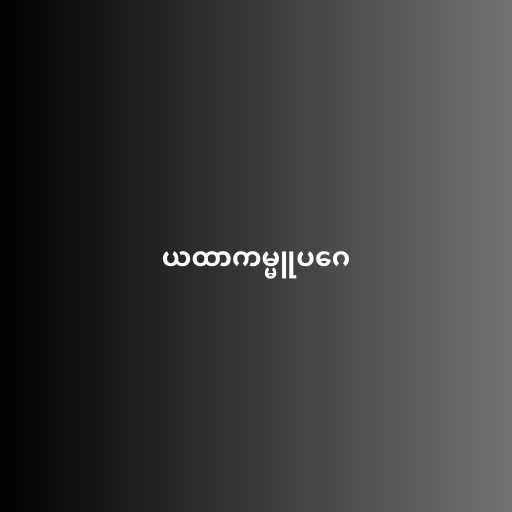
ယထာကမ္မူပဂေ